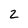
Character: 2